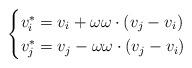
LaTeX: \begin{align*}\begin{cases}v_i^* = v_i + \omega \omega \cdot \left( v_j-v_i\right)\\v_j^* = v_j - \omega \omega \cdot \left( v_j-v_i\right) \end{cases}\end{align*}